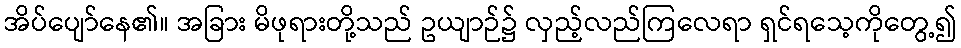
အိပ်ပျော်နေ၏။ အခြား မိဖုရားတို့သည် ဥယျာဉ်၌ လှည့်လည်ကြလေရာ ရှင်ရသေ့ကိုတွေ့၍